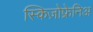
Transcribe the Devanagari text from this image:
स्किज़ोफ्रेनिअ